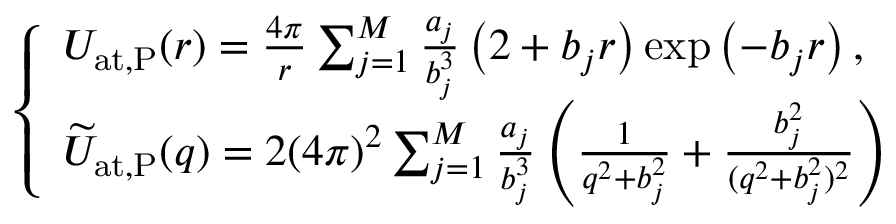
\begin{array} { r } { \left\{ \begin{array} { l l } { U _ { \mathrm { a t , P } } ( r ) = { \frac { 4 \pi } { r } } \sum _ { j = 1 } ^ { M } { \frac { a _ { j } } { b _ { j } ^ { 3 } } } \, \bigl ( 2 + b _ { j } r \bigr ) \exp \left( - b _ { j } r \right) , } \\ { \widetilde { U } _ { \mathrm { a t , P } } ( q ) = 2 ( 4 \pi ) ^ { 2 } \sum _ { j = 1 } ^ { M } { \frac { a _ { j } } { b _ { j } ^ { 3 } } } \left( { \frac { 1 } { q ^ { 2 } + b _ { j } ^ { 2 } } } + { \frac { b _ { j } ^ { 2 } } { ( q ^ { 2 } + b _ { j } ^ { 2 } ) ^ { 2 } } } \right) } \end{array} \right. } \end{array}